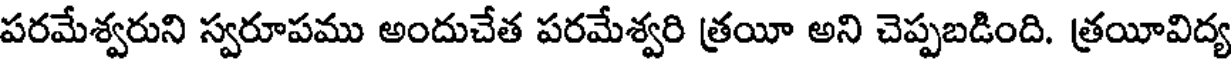
పరమేశ్వరుని స్వరూపము అందుచేత పరమేశ్వరి త్రయీ అని చెప్పబడింది. త్రయీవిద్య